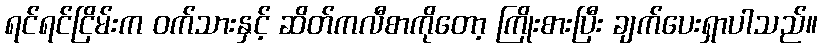
ရင်ရင်ငြိမ်းက ဝက်သားနှင့် ဆိတ်ကလီစာကိုတော့ ကြိုးစားပြီး ချက်ပေးရှာပါသည်။